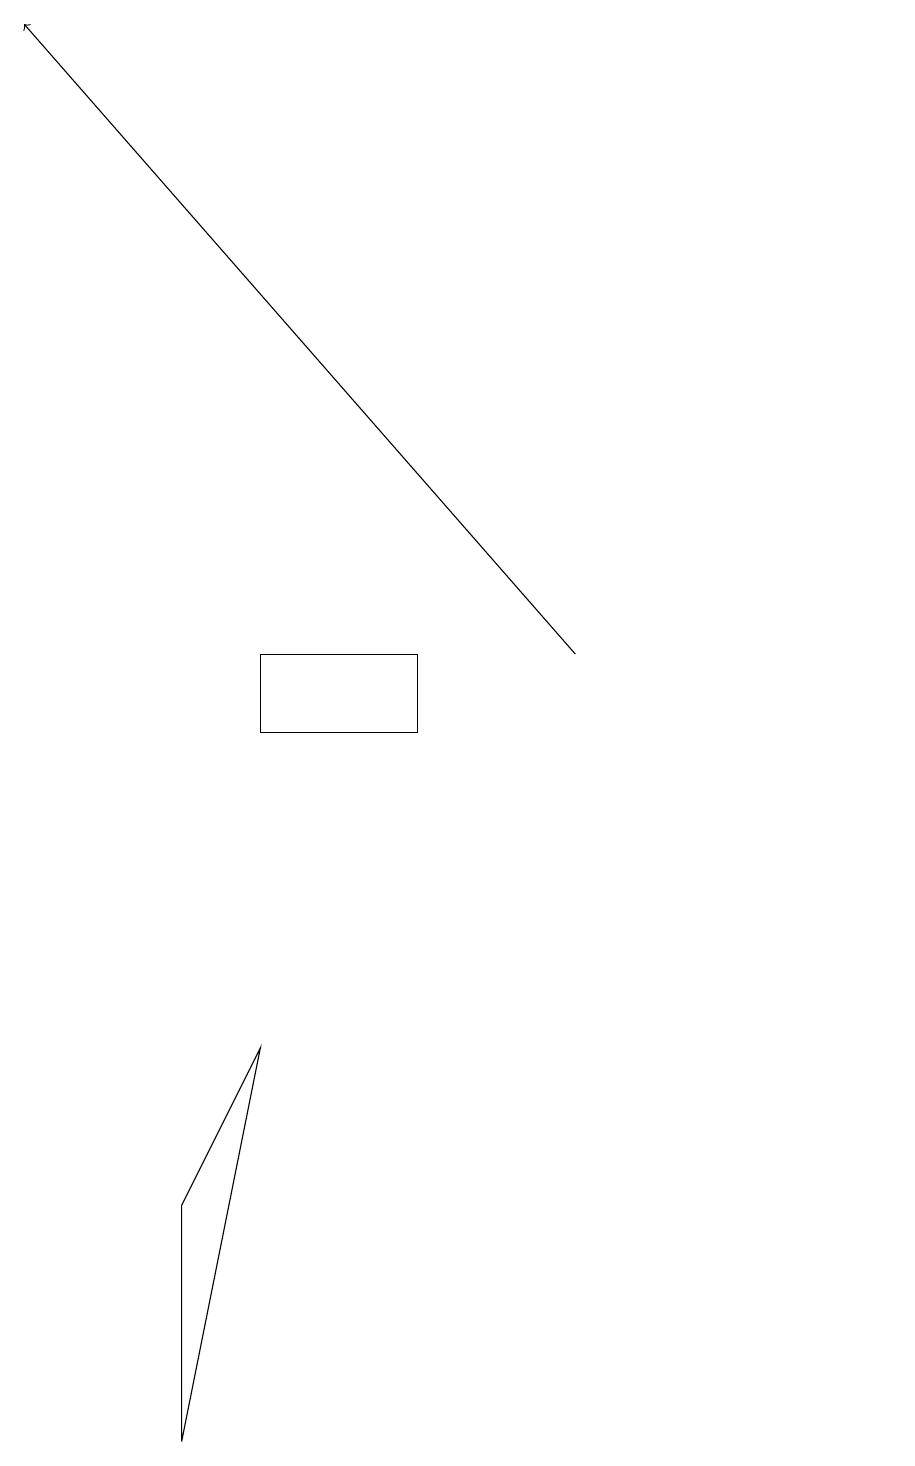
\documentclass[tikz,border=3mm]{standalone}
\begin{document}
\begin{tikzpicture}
\draw (2,1) -- (3,6) -- (2,4) -- cycle;
\draw (3,10) rectangle (5,11);
\draw[->] (7,11) -- (0,19);
\draw (11,10) circle (0);
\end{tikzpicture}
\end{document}